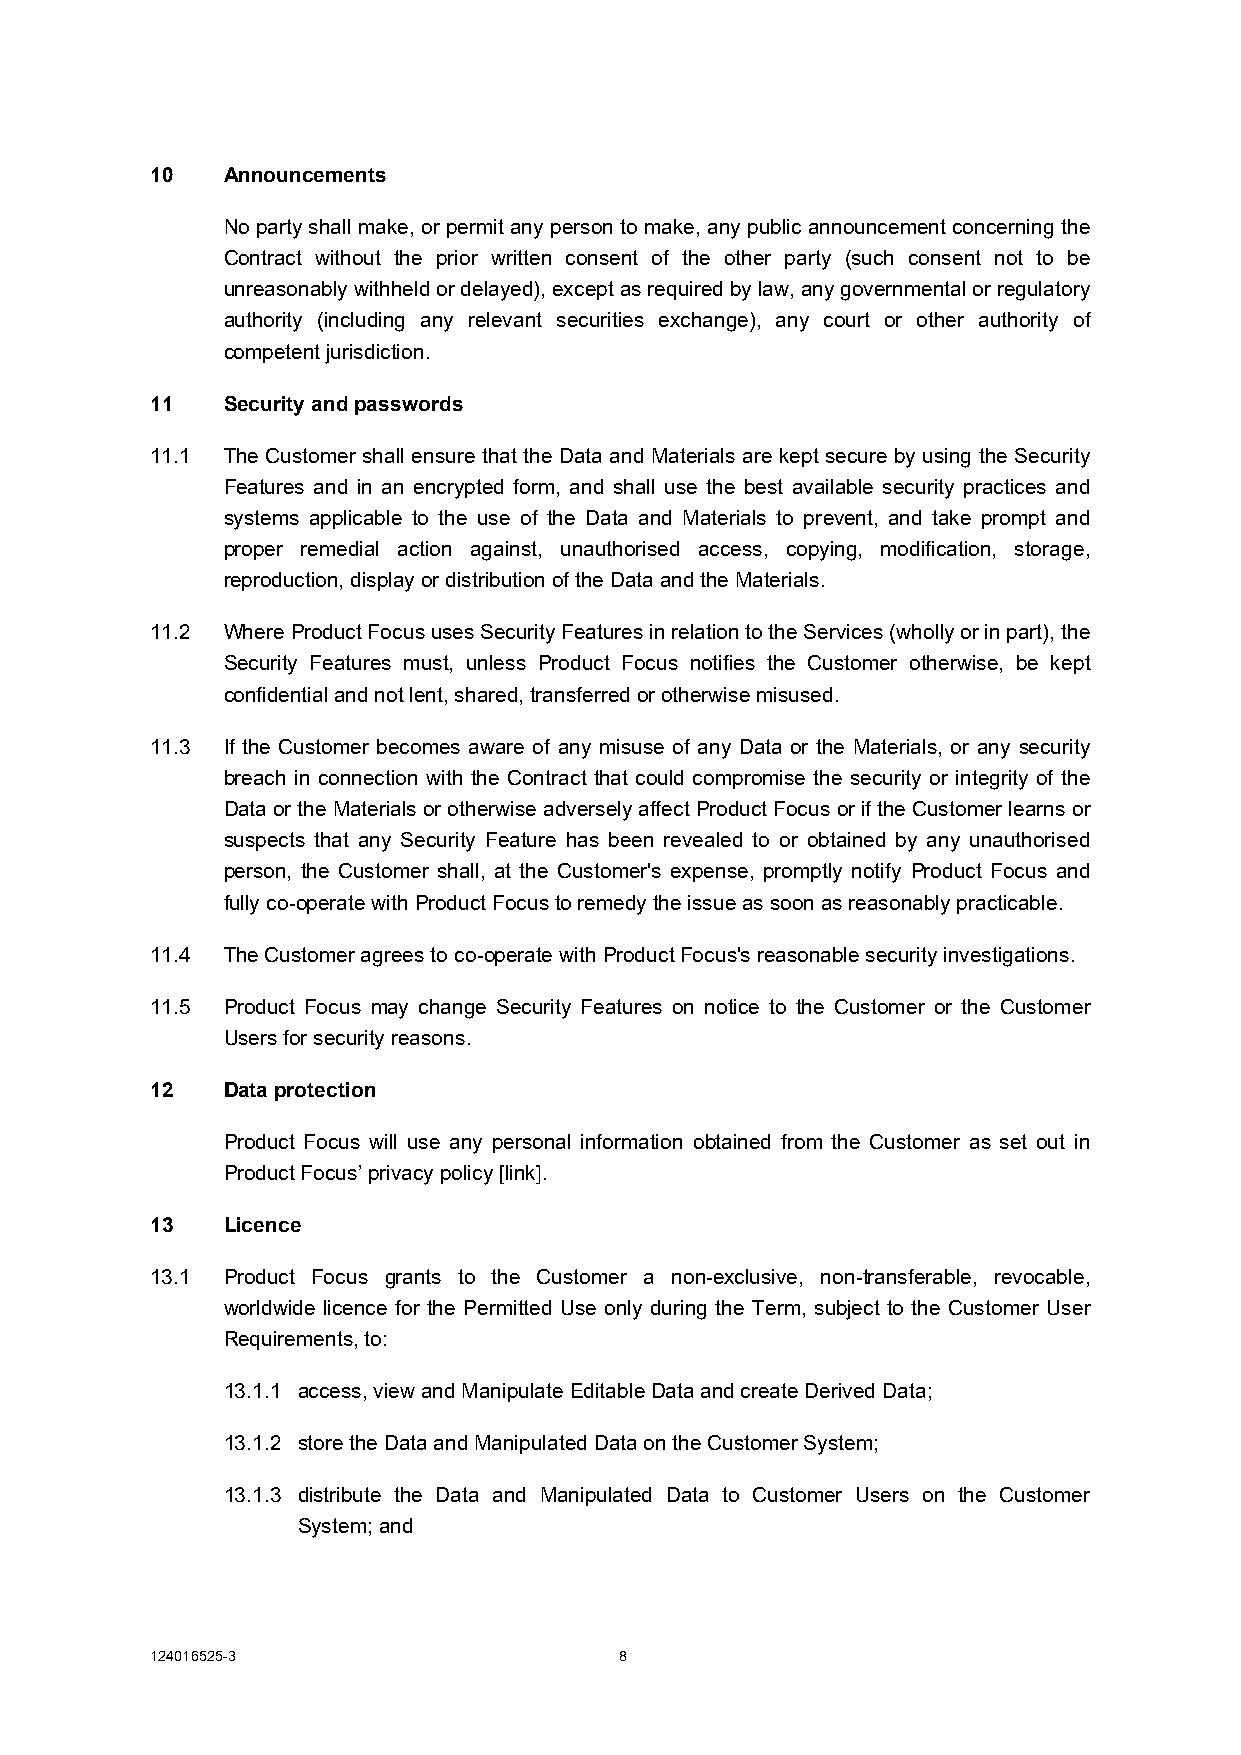
10   Announcements
 No party shall make, or permit any person to make, any public announcement concerning the
 Contract without the prior written consent of the other party (such consent not to be
 unreasonably withheld or delayed), except as required by law, any governmental or regulatory
 authority (including any relevant securities exchange), any court or other authority of
 competent jurisdiction.
 11   Security and passwords
 11.1 The Customer shall ensure that the Data and Materials are kept secure by using the Security
 Features and in an encrypted form, and shall use the best available security practices and
 systems applicable to the use of the Data and Materials to prevent, and take prompt and
 proper remedial action against, unauthorised access, copying, modification, storage,
 reproduction, display or distribution of the Data and the Materials.
 11.2 Where Product Focus uses Security Features in relation to the Services (wholly or in part), the
 Security Features must, unless Product Focus notifies the Customer otherwise, be kept
 confidential and not lent, shared, transferred or otherwise misused.
 11.3 If the Customer becomes aware of any misuse of any Data or the Materials, or any security
 breach in connection with the Contract that could compromise the security or integrity of the
 Data or the Materials or otherwise adversely affect Product Focus or if the Customer learns or
 suspects that any Security Feature has been revealed to or obtained by any unauthorised
 person, the Customer shall, at the Customer's expense, promptly notify Product Focus and
 fully co-operate with Product Focus to remedy the issue as soon as reasonably practicable.
 11.4 The Customer agrees to co-operate with Product Focus's reasonable security investigations.
 11.5 Product Focus may change Security Features on notice to the Customer or the Customer
 Users for security reasons.
 12   Data protection
 Product Focus will use any personal information obtained from the Customer as set out in
 Product Focus’ privacy policy [link].
 13   Licence
 13.1 Product Focus grants to the Customer a non-exclusive, non-transferable, revocable,
 worldwide licence for the Permitted Use only during the Term, subject to the Customer User
 Requirements, to:
 13.1.1 access, view and Manipulate Editable Data and create Derived Data;
 13.1.2 store the Data and Manipulated Data on the Customer System;
 13.1.3 distribute the Data and Manipulated Data to Customer Users on the Customer
 System; and
 124016525-3                    8